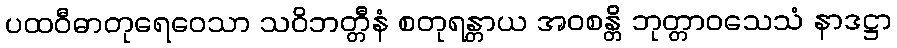
ပထဝီဓာတုရေဝေသာ သဝိဘတ္တီနံ စတုရန္တာယ အဝစန္တိ ဘုတ္တာဝသေသံ နာဒဋ္ဌာ